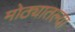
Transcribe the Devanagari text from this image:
मोठ्यातल्या